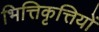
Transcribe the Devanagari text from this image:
भित्तिकृत्तियों